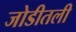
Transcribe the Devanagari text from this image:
जोडीतली